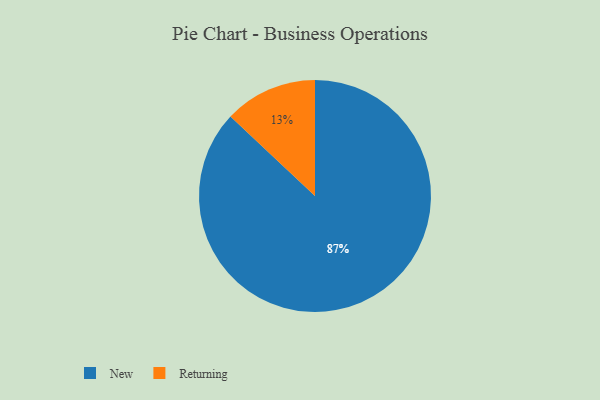
{"axis": {"x": "Category", "y": "Percentage"}, "legend": ["New", "Returning"], "data": [{"x": "Returning", "y": 13, "type": "Returning"}, {"x": "New", "y": 87, "type": "New"}]}